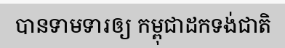
បានទាមទារឲ្យ កម្ពុជាដកទង់ជាតិ